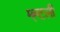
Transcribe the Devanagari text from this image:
म्ह्टली